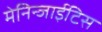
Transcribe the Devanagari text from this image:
मेनिन्जाईटिस